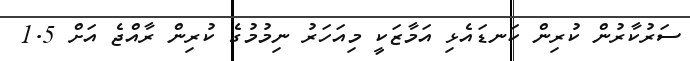
ސަރުކާރުން ކުރިން ކަނޑައެޅި އަމާޒަކީ މިއަހަރު ނިމުމުގެ ކުރިން ރާއްޖެ އަށް 1.5